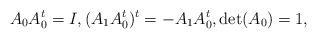
LaTeX: \begin{align*}A_{0}A_{0}^{t}=I,(A_{1}A_{0}^{t})^t=-A_{1}A_{0}^{t}, \det(A_{0})=1,\end{align*}